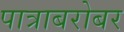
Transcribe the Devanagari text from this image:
पात्राबरोबर